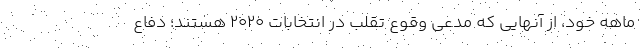
ماهه خود، از آنهایی که مدعی وقوع تقلب در انتخابات ۲۰۲۰ هستند؛ دفاع